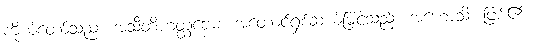
ကိုယ်တော်သည်။ အသီတိဟတ္ထဗ္ဗေဓံ၊ အတောင်ရှစ်ဆယ်မြင့်သည်။ အဟောသိ၊ ဖြစ်၏။